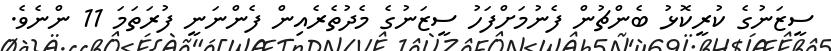
ސީޒަނުގެ ކުރީކޮޅު ބެންޗުން ފެނުމަށްފަހު ސީޒަނުގެ މެދުތެރެއިން ފެންނަނީ ފުރަތަމަ 11 ންނެވެ.